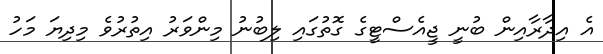
އެ އިދާރާއިން ބުނީ ޖީއެސްޓީގެ ގޮތުގައި ލިބުނު މިންވަރު އިތުރުވެ މިދިޔަ މަހު